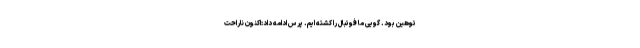
توهین بود. گویی ما فوتبال را کشته ایم. پرس ادامه داد:اکنون ناراحت